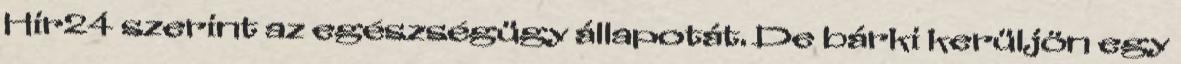
Hir24 szerint az egészségügy állapotát. De bárki kerüljön egy